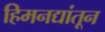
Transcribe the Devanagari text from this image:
हिमनद्यांतून